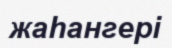
жаһангері